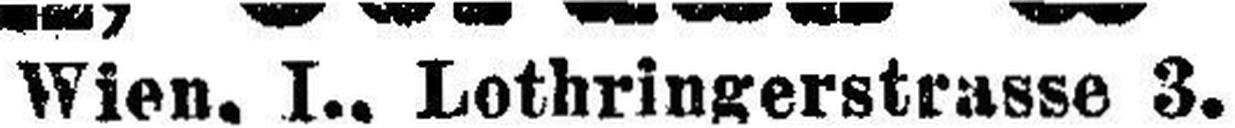
Wien, I., Lothringerstrasse 3.